Insane asylums in Bengal annual reports 1876-1887 - 1876-1887
Year: 1876
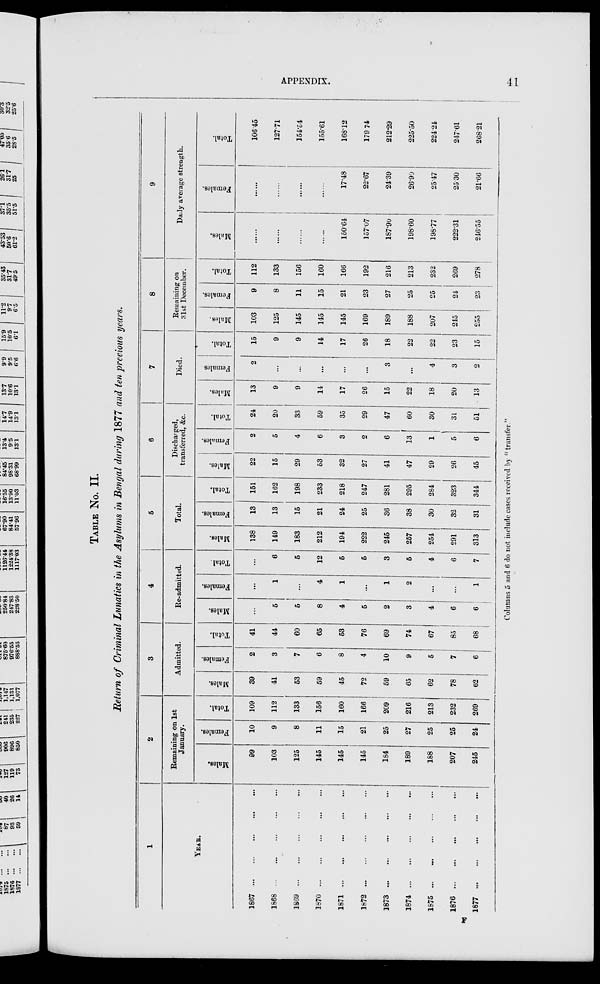
APPENDIX.
41
TABLE No. II.
Return of Criminal Lunatics in the Asylums in Bengal during 1877 and ten previous years.
1
YEAR.
1867
...
...
...
...
...
1868
...
...
...
...
...
1869
...
...
...
...
...
1870
...
...
...
...
...
1871
...
...
...
...
...
1872
...
...
...
...
...
1873
...
...
...
...
...
1874
...
...
...
...
...
1875
...
...
...
...
...
1876
...
...
...
...
...
1877
...
...
...
...
...
2
Remaining on 1st
January.
Males.
99
103
125
145
145
145
184
189
188
207
245
Females.
10
9
8
11
15
21
25
27
25
25
24
Total.
109
112
133
156
160
166
209
216
213
232
269
3
Admitted.
Males.
39
41
53
59
45
72
59
65
62
78
62
Females.
2
3
7
6
8
4
10
9
5
7
6
Total.
41
44
60
65
53
76
69
74
67
85
68
4
Re-admitted.
Males.
...
5
5
8
4
5
2
3
4
6
6
Females.
...
1
...
4
1
...
1
2
...
...
1
Total.
...
6
5
12
5
5
3
5
4
6
7
5
Total.
Males.
138
149
183
212
194
222
245
257
254
291
313
Females.
13
13
15
21
24
25
36
38
30
32
31
Total.
151
162
198
233
218
247
281
295
284
323
344
6
Discharged,
transferred, &c.
Males.
22
15
29
53
32
27
41
47
29
26
45
Females.
2
5
4
6
3
2
6
13
1
5
6
Total.
24
20
33
59
35
29
47
60
30
31
51
7
Died.
Males.
13
9
9
14
17
26
15
22
18
20
13
Females
2
...
...
...
...
...
3
...
4
3
2
Total.
15
9
9
14
17
26
18
22
22
23
15
8
Remaining on
31st December.
Males.
103
125
145
145
145
169
189
188
207
245
255
Females.
9
8
11
15
21
23
27
25
25
24
23
Total.
112
133
156
160
166
192
216
213
232
269
278
9
Daily average strength.
Males.
......
......
......
......
150.64
157.07
187.90
198.60
198.77
222.31
246.55
Females.
......
......
......
......
17.48
22.67
24.39
26.90
25.47
25.30
21.66
Total.
106.45
127.71
154.54
155.61
168.12
179.74
212.29
225.50
224.24
247.61
268.21
Columns 5 and 6 do not include cases received by " transfer."
F